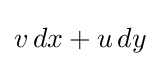
v\,dx+u\,dy